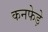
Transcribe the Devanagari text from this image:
कनफेड़े